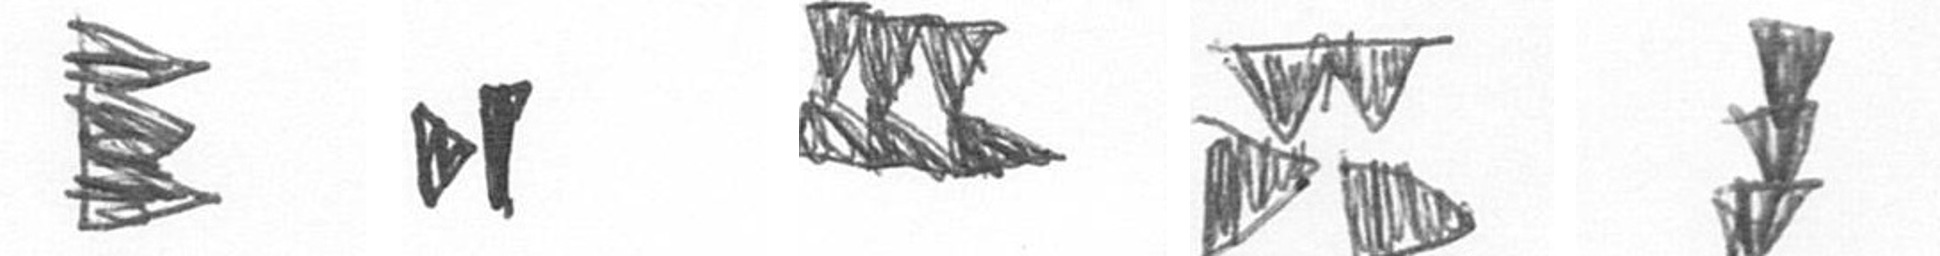
H M D B E